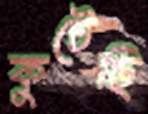
কুটেছি